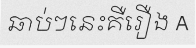
ឆាប់ៗនេះគឺរឿង A